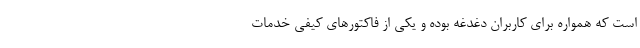
است که همواره برای کاربران دغدغه بوده و یکی از فاکتورهای کیفی خدمات